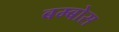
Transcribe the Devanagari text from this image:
बम्बोस